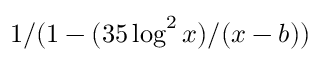
1 / ( 1 - ( 3 5 \log ^ { 2 } x ) / ( x - b ) )